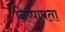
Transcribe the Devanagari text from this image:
निष्पापता